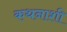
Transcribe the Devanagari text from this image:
कथनाशी